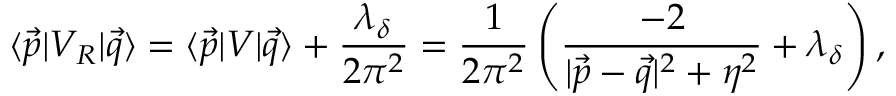
\langle \vec { p } | V _ { \cal R } | \vec { q } \rangle = \langle \vec { p } | V | \vec { q } \rangle + \frac { \lambda _ { \delta } } { 2 \pi ^ { 2 } } = \frac { 1 } { 2 \pi ^ { 2 } } \left( \frac { - 2 } { | \vec { p } - \vec { q } | ^ { 2 } + \eta ^ { 2 } } + \lambda _ { \delta } \right) ,